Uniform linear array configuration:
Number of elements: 8
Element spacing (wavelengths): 0.75
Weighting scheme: exponential
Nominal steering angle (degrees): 60
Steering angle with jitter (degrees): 59.549
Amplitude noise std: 0.05
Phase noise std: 0.05

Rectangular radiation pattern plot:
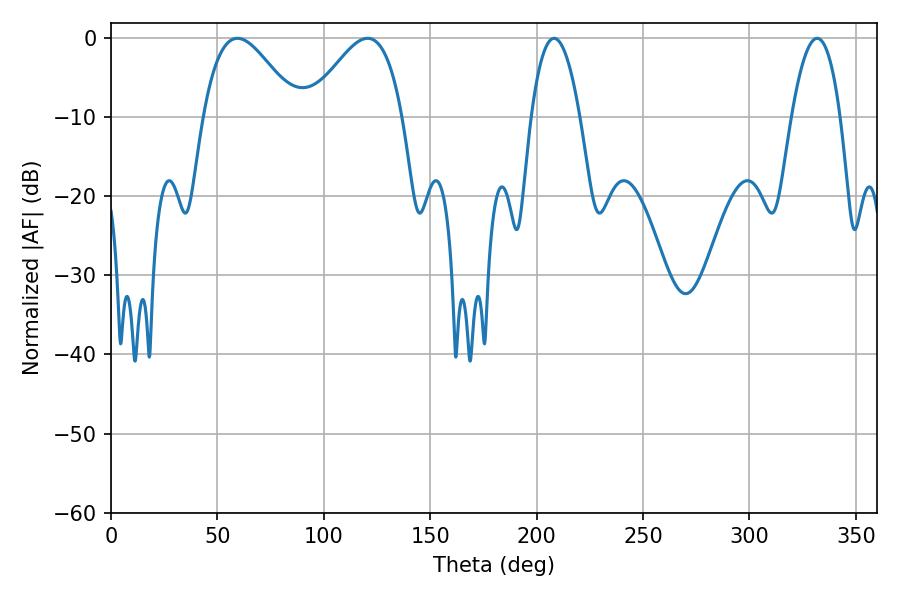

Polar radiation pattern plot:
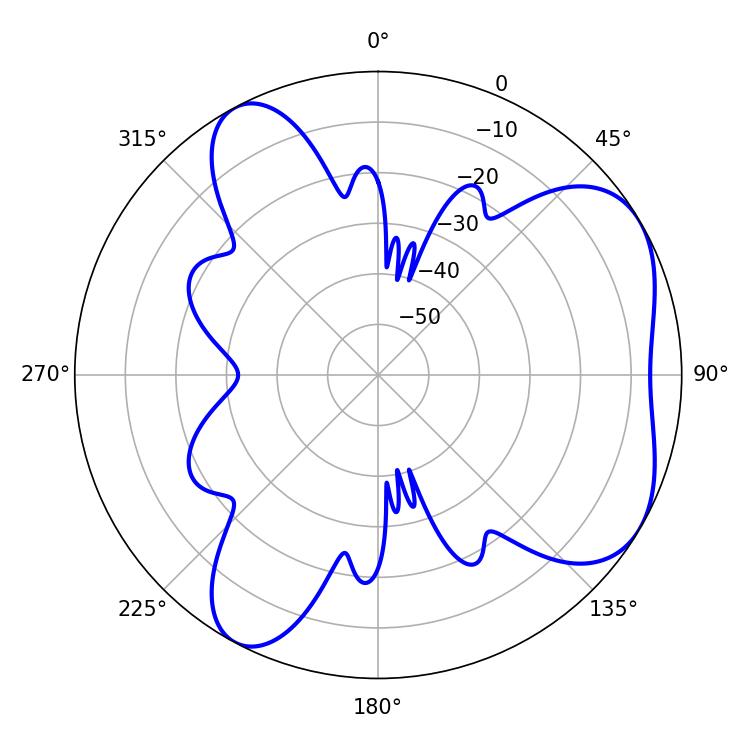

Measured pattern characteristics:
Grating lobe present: TRUE
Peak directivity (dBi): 5.382
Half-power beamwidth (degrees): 23.58
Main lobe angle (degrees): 59.4